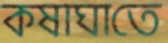
কষাঘাতে